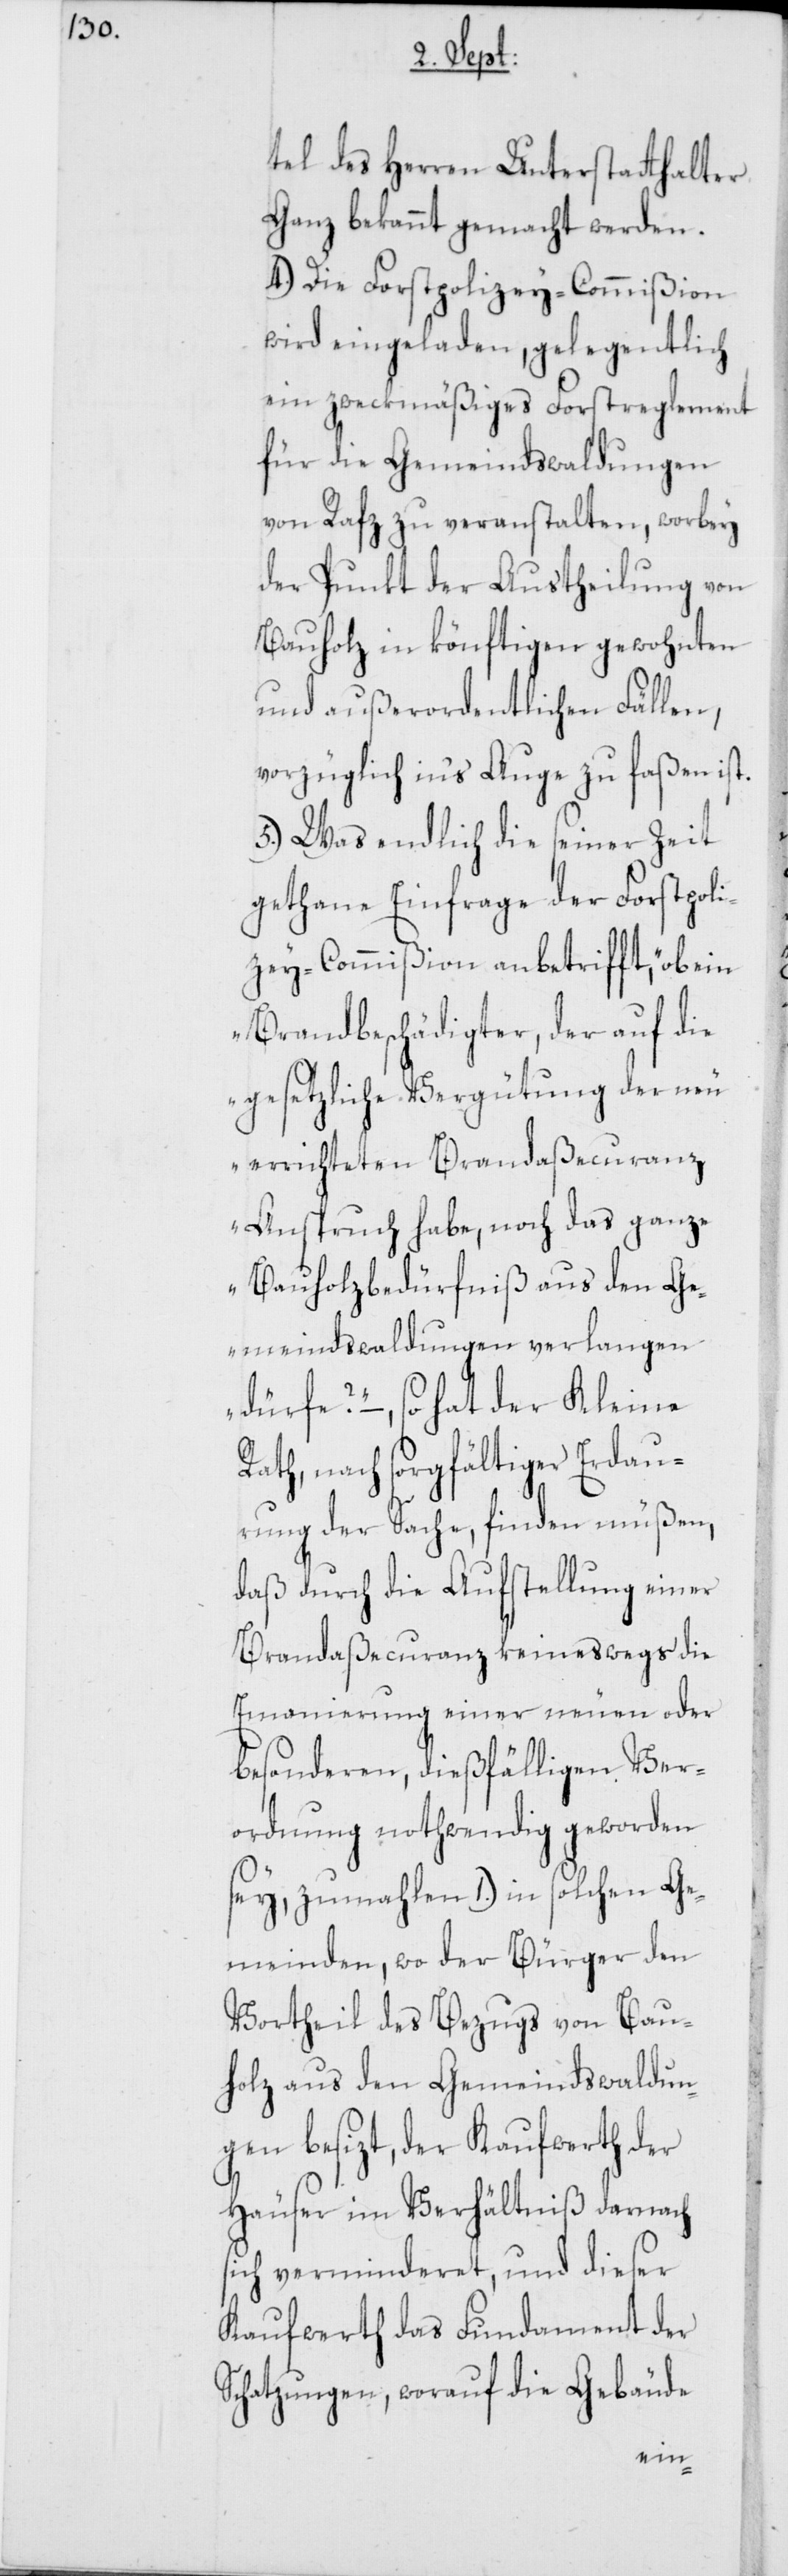
tel des Herren Unterstatthalter
Ganz bekannt gemacht werden.
4.) Die Forstpolizey-Commißion
wird eingeladen, gelegentlich
ein zweckmäßiges Forstreglement
für die Gemeindswaldungen
von Rafz zu veranstalten, worbey
der Punkt der Austheilung von
Bauholz in könftigen gewohnten
und außerordentlichen Fällen,
vorzüglich in's Auge zu faßen ist.
5.) Was endlich die seiner Zeit
gethane Einfrage der Forstpoli¬
zey-Commißion anbetrifft, „ob ein
Brandbeschädigter, der auf die
gesetzliche Vergütung der neu
errichteten Brandaßecuranz
Anspruch habe, noch das ganz¬
e Bauholzbedürfniß aus den Ge¬
meindswaldungen verlangen
dürfe?“ –, so hat der Kleine
Rath, nach sorgfältiger Erdau¬
rung der Sache, finden müßen,
daß durch die Aufstellung einer
Brandaßecuranz keineswegs die
Emanierung einer neuen oder
besonderen, dießfälligen Ver¬
ordnung nothwendig geworden
sey, zumahlen 1.) in solchen Ge¬
meinden, wo der Bürger den
Vortheil des Bezugs von Bau¬
holz aus den Gemeindswaldun¬
gen besizt, der Kaufwerth der
Häuser im Verhältniß darnach
sich verminderet, und dieser
Kaufwerth das Fundament der
Schatzungen, worauf die Gebäude